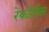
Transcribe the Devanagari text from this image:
रेकोंतीस